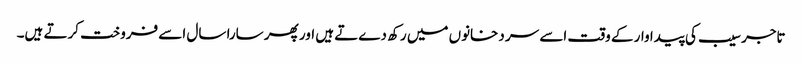
تاجر سیب کی پیدا وار کے وقت اسے سر دخانوں میں رکھ دےتے ہیں اور پھر سارا سال اسے فروخت کرتے ہیں۔